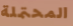
المحتملة